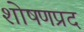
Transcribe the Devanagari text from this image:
शोषणप्रद